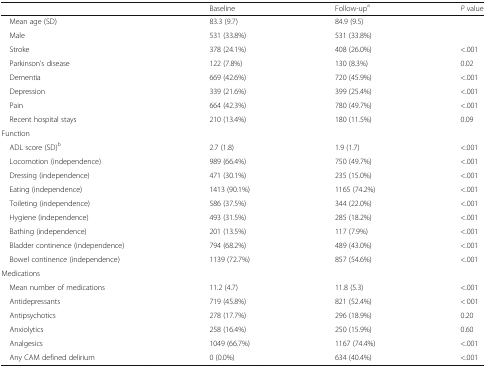
|  | Baseline | Follow-upa | P value |
 | --- | --- | --- | --- |
 | Mean age (SD) | 83.3 (9.7) | 84.9 (9.5) |  |
 | Male | 531 (33.8%) | 531 (33.8%) |  |
 | Stroke | 378 (24.1%) | 408 (26.0%) | <.001 |
 | Parkinson’s disease | 122 (7.8%) | 130 (8.3%) | 0.02 |
 | Dementia | 669 (42.6%) | 720 (45.9%) | <.001 |
 | Depression | 339 (21.6%) | 399 (25.4%) | <.001 |
 | Pain | 664 (42.3%) | 780 (49.7%) | <.001 |
 | Recent hospital stays | 210 (13.4%) | 180 (11.5%) | 0.09 |
 | <COLSPAN=4> Function |
 | ADL score (SD)b | 2.7 (1.8) | 1.9 (1.7) | <.001 |
 | Locomotion (independence) | 989 (66.4%) | 750 (49.7%) | <.001 |
 | Dressing (independence) | 471 (30.1%) | 235 (15.0%) | <.001 |
 | Eating (independence) | 1413 (90.1%) | 1165 (74.2%) | <.001 |
 | Toileting (independence) | 586 (37.5%) | 344 (22.0%) | <.001 |
 | Hygiene (independence) | 493 (31.5%) | 285 (18.2%) | <.001 |
 | Bathing (independence) | 201 (13.5%) | 117 (7.9%) | <.001 |
 | Bladder continence (independence) | 794 (68.2%) | 489 (43.0%) | <.001 |
 | Bowel continence (independence) | 1139 (72.7%) | 857 (54.6%) | <.001 |
 | <COLSPAN=4> Medications |
 | Mean number of medications | 11.2 (4.7) | 11.8 (5.3) | <.001 |
 | Antidepressants | 719 (45.8%) | 821 (52.4%) | < 001 |
 | Antipsychotics | 278 (17.7%) | 296 (18.9%) | 0.20 |
 | Anxiolytics | 258 (16.4%) | 250 (15.9%) | 0.60 |
 | Analgesics | 1049 (66.7%) | 1167 (74.4%) | <.001 |
 | Any CAM defined delirium | 0 (0.0%) | 634 (40.4%) | <.001 |